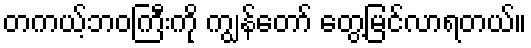
တကယ့်ဘဝကြီးကို ကျွန်တော် တွေ့မြင်လာရတယ်။